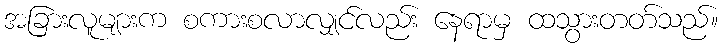
အခြားလူများက စကားစလာလျှင်လည်း နေရာမှ ထသွားတတ်သည်။